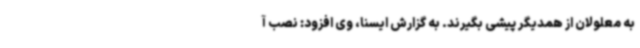
به معلولان از همدیگر پیشی بگیرند. به گزارش ایسنا، وی افزود: نصب آ